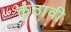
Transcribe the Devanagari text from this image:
कंठावी